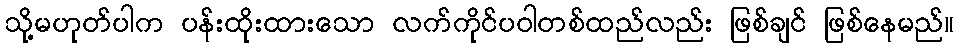
သို့မဟုတ်ပါက ပန်းထိုးထားသော လက်ကိုင်ပဝါတစ်ထည်လည်း ဖြစ်ချင် ဖြစ်နေမည်။